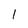
Character: 1